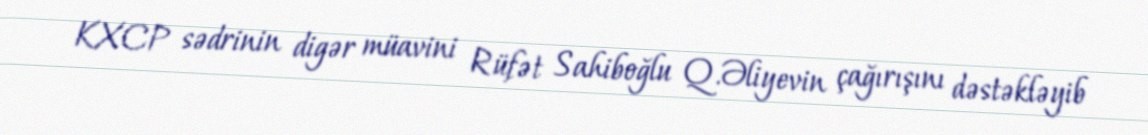
KXCP sədrinin digər müavini Rüfət Sahiboğlu Q.Əliyevin çağırışını dəstəkləyib